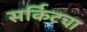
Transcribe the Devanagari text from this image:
सर्किटचा